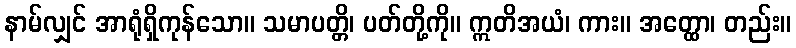
နာမ်လျှင် အာရုံရှိကုန်သော။ သမာပတ္တိ၊ ပတ်တို့ကို။ ဣတိအယံ၊ ကား။ အတ္ထော၊ တည်း။